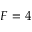
F = 4